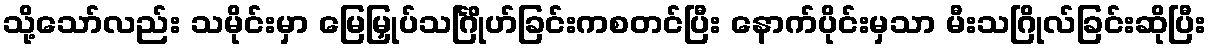
သို့သော်လည်း သမိုင်းမှာ မြေမြှုပ်သင်္ဂြိုဟ်ခြင်းကစတင်ပြီး နောက်ပိုင်းမှသာ မီးသဂြိုလ်ခြင်းဆိုပြီး